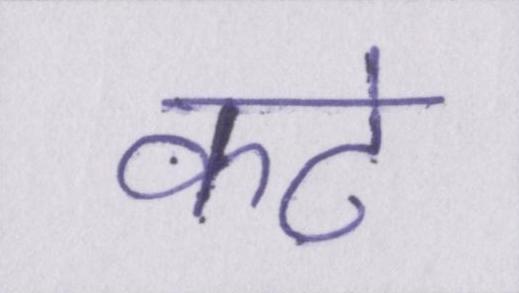
कटे